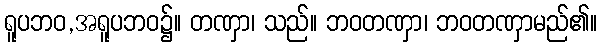
ရူပဘဝ,အရူပဘဝ၌။ တဏှာ၊ သည်။ ဘဝတဏှာ၊ ဘဝတဏှာမည်၏။